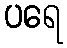
ပရေ